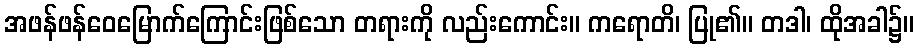
အဖန်ဖန်ဝေမြောက်ကြောင်းဖြစ်သော တရားကို လည်းကောင်း။ ကရောတိ၊ ပြု၏။ တဒါ၊ ထိုအခါ၌။